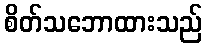
စိတ်သဘောထားသည်